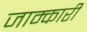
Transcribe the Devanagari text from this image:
जाम्कारी